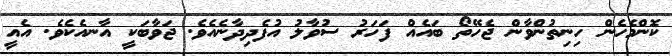
ކޮންމެހެން ހިނިތުންވާން ޖެހޭތޯ ބައެއް ފަހަރު ސުވާލު އުފެދިދާނެއެވެ. ޖަވާބަކީ އާނއެކެވެ. އެއީ